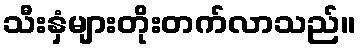
သီးနှံများတိုးတက်လာသည်။